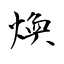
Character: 煥